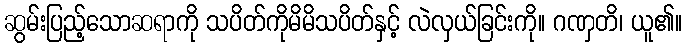
ဆွမ်းပြည့်သောဆရာကို သပိတ်ကိုမိမိသပိတ်နှင့် လဲလှယ်ခြင်းကို။ ဂဏှတိ၊ ယူ၏။